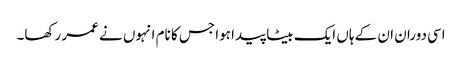
اسی دوران ان کے ہاں ایک بیٹا پیدا ہوا جس کا نام انہوں نے عمر رکھا۔